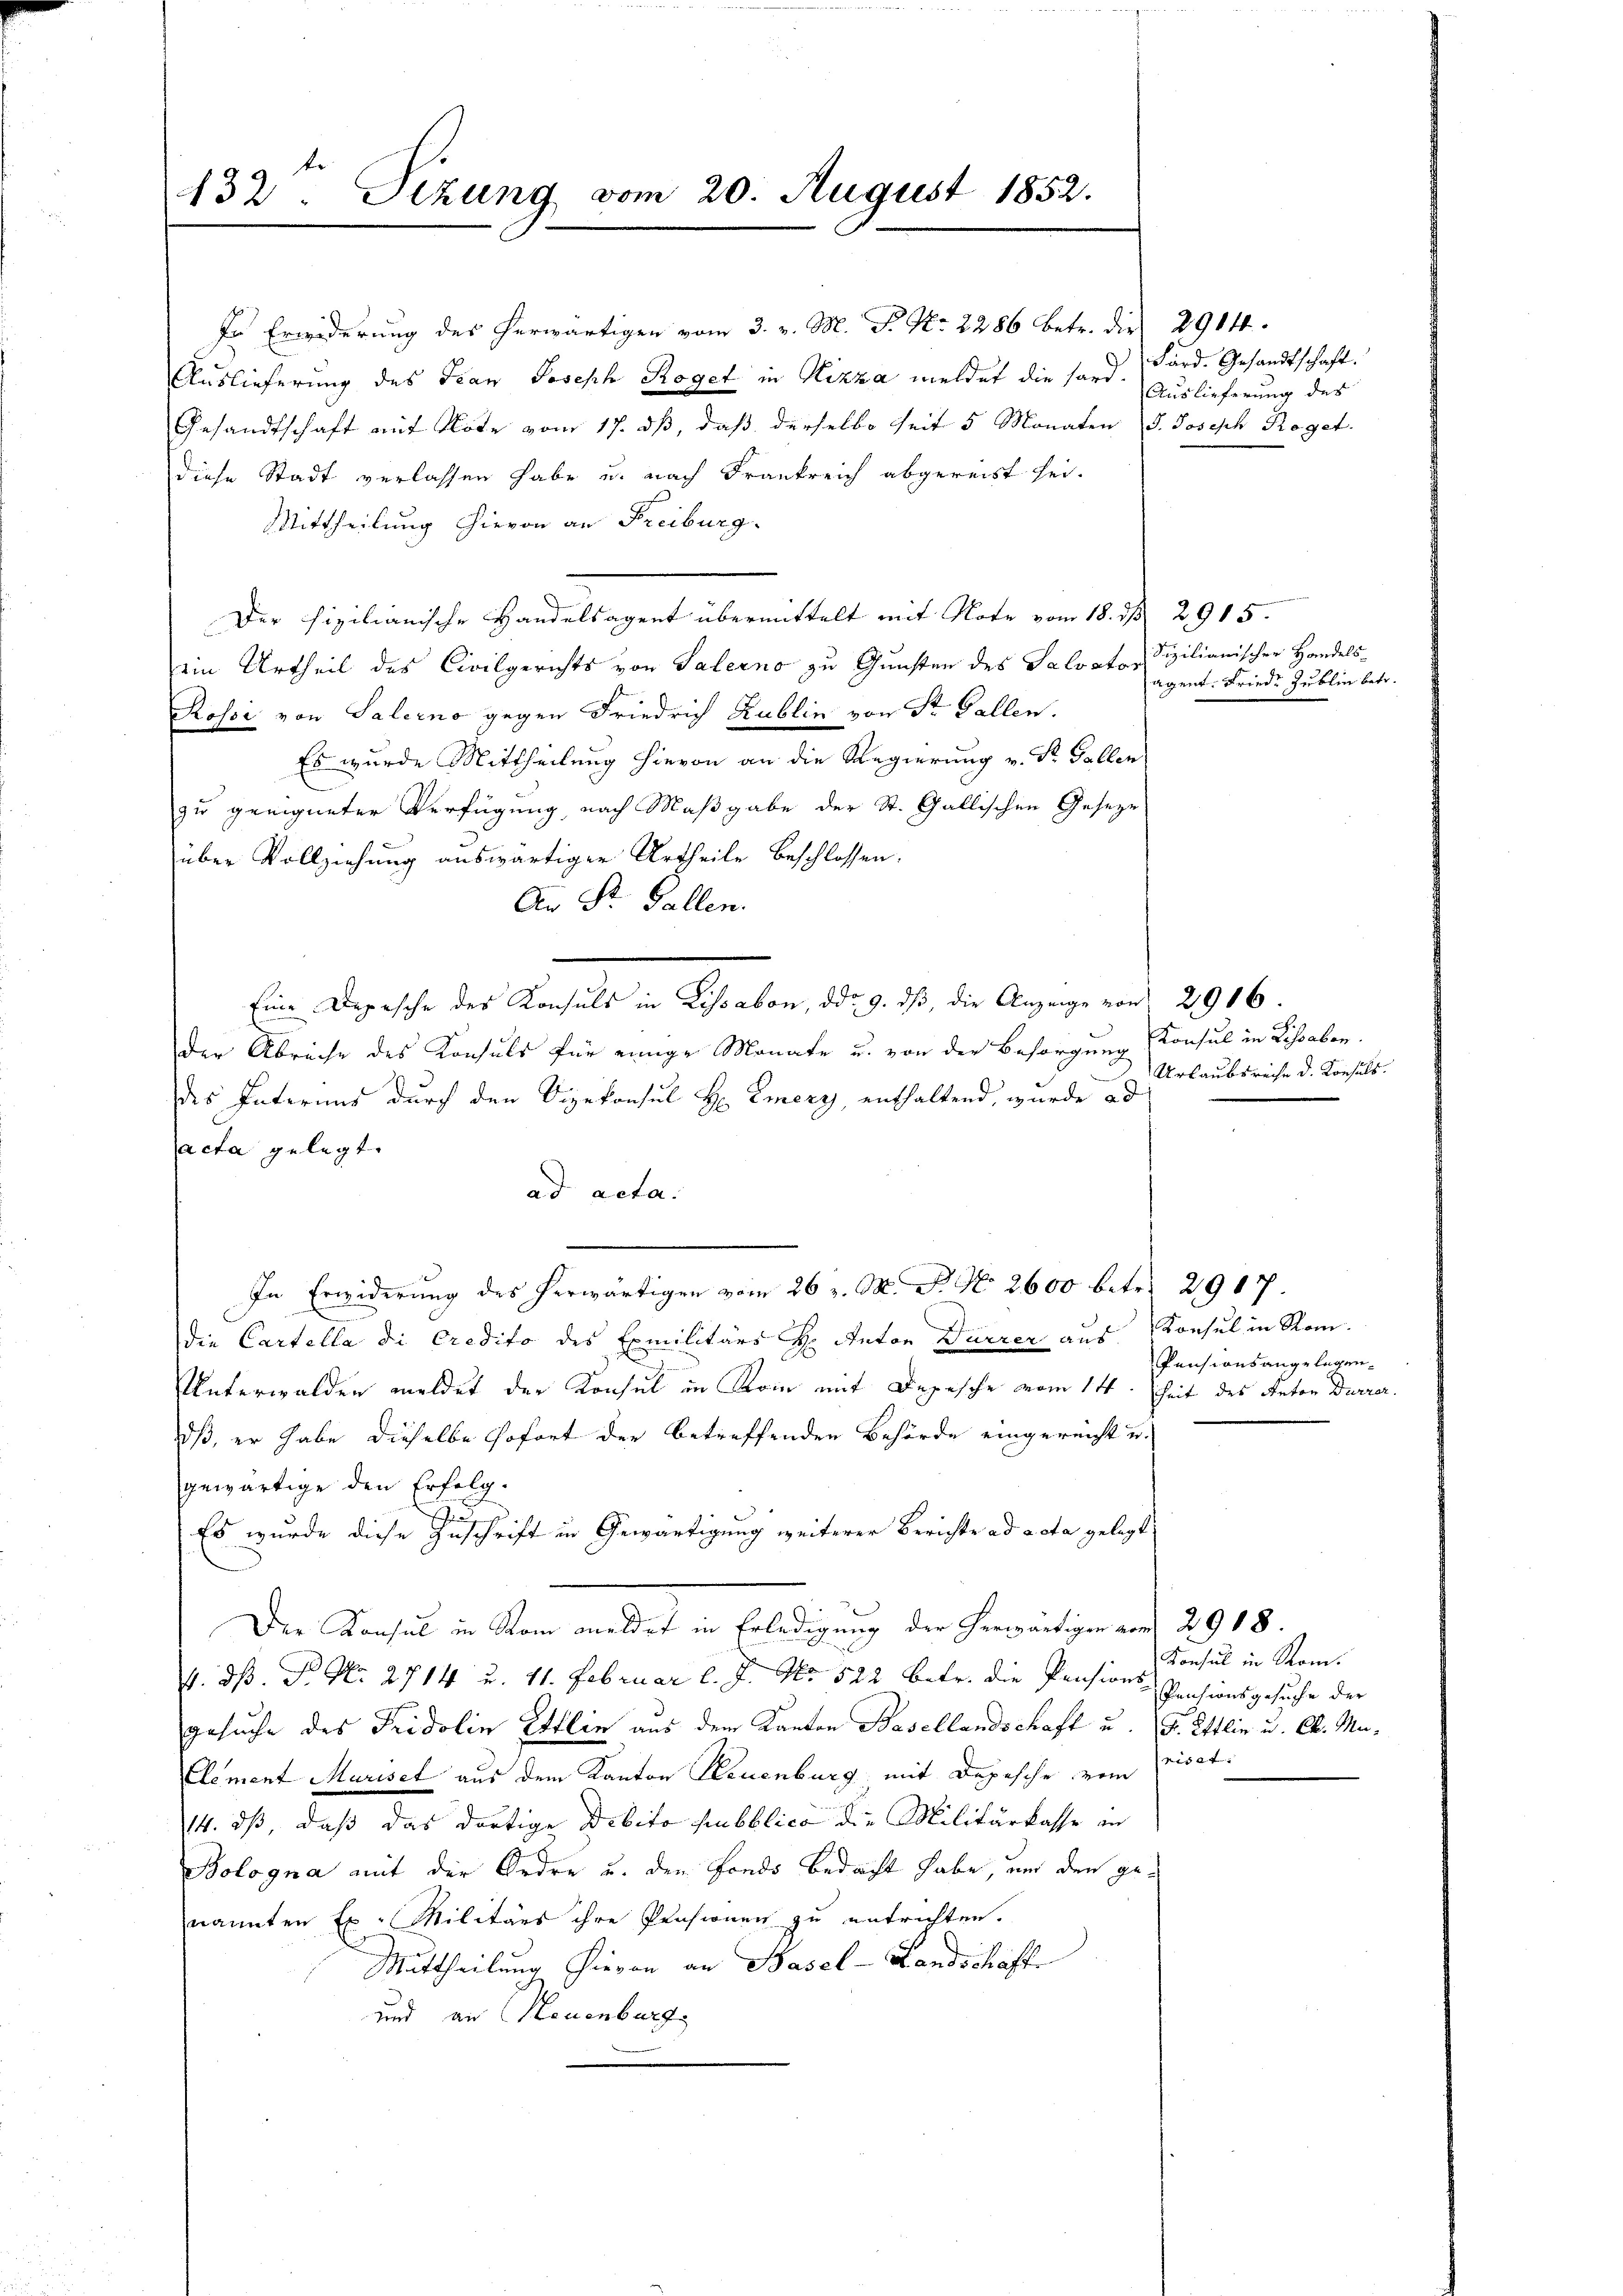
432. Sizung vom 20. August 1852.

In Erwiderung des herwärtigen vom 3. v. M. P. Nr. 2286 betr. die 2914.
Auslieferung des Frau Joseph Roget in Nizza meldet die sord. Förd. Gesandtschaft.
Gesandtschaft auf Note vom 17. dß, daß derselbe seit 5 Monaten (S. Joseph Roget.
diese Stadt verlassen habe u. nach Frankreich abgereist sei.
Mittheilung hievon an Freiburg.
Der hizilianische Handelsagent übermittelt mit Note vom 18. ds. 2915.
ein Urtheil des Civilgerichts von Salerno zu Gunsten des Salvator
Rossi von Salerno gegen Friedrich Kublin von Sr. Gallen.
Es wurde Mittheilung hievon an die Regierung v. St. Gallen
zu geeigneter Verfügung, nach Maßgabe der St. Gallischen Geseze
über Vollziehung auswärtiger Urtheile beschlossen:
An St. Gallen.
Eine Depesche des Konsuls in Lissabon, ddo. 9. dβ, die Anzeige von 2916.
der Abreise des Konsuls für einige Monate u. von der Besorgung
des Interens durch den Vizekonsul H Emerz, enthaltend, wurde ad
acta gelegt.
ad acta.
In Erwiderung des herwärtigen vom 26. M. D. No 2600 betr. 2917.
die Cartella di credito des Exmilitärs H. Anton Dürrer aus Konsul in Rom.
Unterwalden meldet der Konsul in Rom mit Depesche vom 14t. heit des Anton Durrer.
dß, er habe dieselbe sofort der betreffenden Behörde eingereicht u.
gewärtige den Erfolg.
.
Es wurde diese Zuschrift in Gewärtigung weiterer Berichte ad acta gelegt
Der Konsul in Rom meldet in Erledigung der herwärtigen vom 29 18.
v. dß. P. Nr. 2714 u. 11. Februar l. J. No 522 betr. die Pensions Pensionsgesuche der
gesuche des Fridolin Ettlin aus dem Kanton Basellandschaft u. Fr. Ettlin u. Ab. Ma¬
Clement Mariset aus dem Kanton Neuenburg mit Depesche vom
14. ds, daß das dortige Debito pubblico die Militärkasse in
Bologna mit der Ordre u. dem Fonds bedacht habe, und den genannten Ex. Militärs ihre Pensionen zu entrichten.
Mittheilung hievon an Basel-Landschaffe
und an Neuenburg

Auslieferung des

Sizilianischer Handels-
agent. Friede Zublin betr.

Konsul in Lissaben.
Urlaubsreche d. Konsuls.

Pensionsangelegen¬

Konsul in Rom.
riset. |